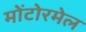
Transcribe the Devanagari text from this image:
मोंटोरमेल